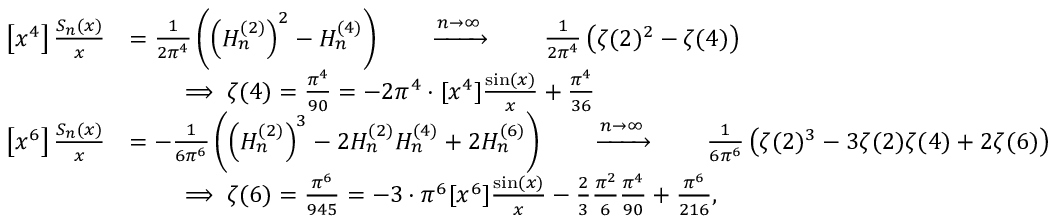
{ \begin{array} { r l } { \left[ x ^ { 4 } \right] { \frac { S _ { n } ( x ) } { x } } } & { = { \frac { 1 } { 2 \pi ^ { 4 } } } \left( \left( H _ { n } ^ { ( 2 ) } \right) ^ { 2 } - H _ { n } ^ { ( 4 ) } \right) \qquad \xrightarrow { n \rightarrow \infty } \qquad { \frac { 1 } { 2 \pi ^ { 4 } } } \left( \zeta ( 2 ) ^ { 2 } - \zeta ( 4 ) \right) } \\ & { \qquad \implies \zeta ( 4 ) = { \frac { \pi ^ { 4 } } { 9 0 } } = - 2 \pi ^ { 4 } \cdot [ x ^ { 4 } ] { \frac { \sin ( x ) } { x } } + { \frac { \pi ^ { 4 } } { 3 6 } } } \\ { \left[ x ^ { 6 } \right] { \frac { S _ { n } ( x ) } { x } } } & { = - { \frac { 1 } { 6 \pi ^ { 6 } } } \left( \left( H _ { n } ^ { ( 2 ) } \right) ^ { 3 } - 2 H _ { n } ^ { ( 2 ) } H _ { n } ^ { ( 4 ) } + 2 H _ { n } ^ { ( 6 ) } \right) \qquad \xrightarrow { n \rightarrow \infty } \qquad { \frac { 1 } { 6 \pi ^ { 6 } } } \left( \zeta ( 2 ) ^ { 3 } - 3 \zeta ( 2 ) \zeta ( 4 ) + 2 \zeta ( 6 ) \right) } \\ & { \qquad \implies \zeta ( 6 ) = { \frac { \pi ^ { 6 } } { 9 4 5 } } = - 3 \cdot \pi ^ { 6 } [ x ^ { 6 } ] { \frac { \sin ( x ) } { x } } - { \frac { 2 } { 3 } } { \frac { \pi ^ { 2 } } { 6 } } { \frac { \pi ^ { 4 } } { 9 0 } } + { \frac { \pi ^ { 6 } } { 2 1 6 } } , } \end{array} }